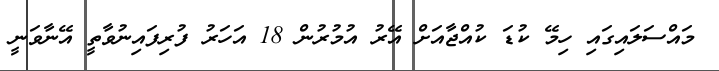
މައްސަލައިގައި ހިމޭ ކުޑަ ކުއްޖާއަށް އޭރު އުމުރުން 18 އަހަރު ފުރިފައިނުވާތީ އޭނާވަނީ